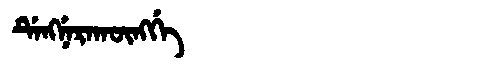
Manchu: ᡩᡝᠩᠨᡝᡵᠠᡴᡡᠩᡤᡝ
Romanization: DENGNERAKŪNGGE